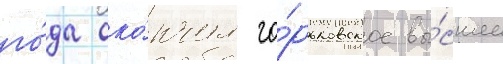
го́да око́нчил го́рьковское вы́сшее